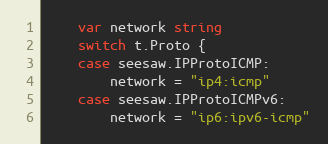
Language: Go
	var network string
	switch t.Proto {
	case seesaw.IPProtoICMP:
		network = "ip4:icmp"
	case seesaw.IPProtoICMPv6:
		network = "ip6:ipv6-icmp"